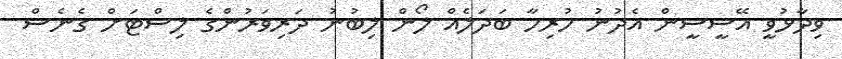
ވިދާޅުވީ އޭސީސީން އެދުނު ހުރިހާ ބަދަލެއް ލޯން ލިބުނު ދަރިވަރުންގެ ލިސްޓަށް ގެނެސް